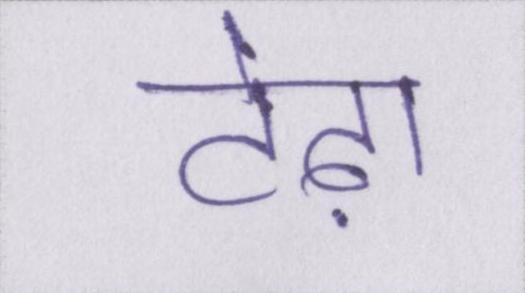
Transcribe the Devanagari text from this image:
टेढ़ा